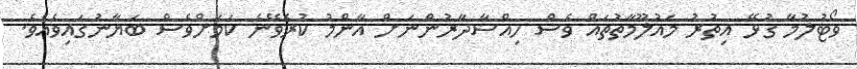
ވޯޓުލުމާ ގުޅޭ އިތުރު މައުލޫމާތުތައް ވެސް ހިއްސާދާރުންނަށް އާންމު ކުރެވޭނެ ކަމަށްވެސް ބަޔާނުގައިވެއެވެ.